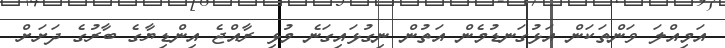
އަމިއްލަ ވަންތަކަން އަޅުގަނޑުމެން އަތުން ނިގުޅައިގަނެ މުޅި ރާއްޖެ އިންޑިޔާގެ ބާރުގެ ދަށަށް